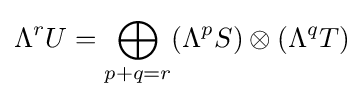
\Lambda ^{r}U=\bigoplus _{p+q=r}(\Lambda ^{p}S)\otimes (\Lambda ^{q}T)